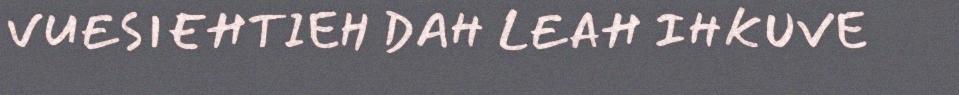
VUESIEHTIEH DAH LEAH IHKUVE